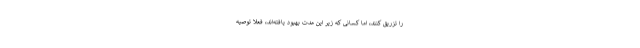
را تزریق کنند، اما کسانی که زیر این مدت بهبود یافته‌اند، فعلا توصیه